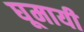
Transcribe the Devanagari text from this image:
घूमायी